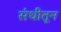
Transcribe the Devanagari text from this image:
संधीतून